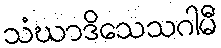
သံဃာဒိသေသဂါမီ